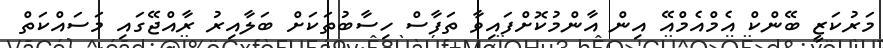
މަރުކަޒީ ބޭންކް އެމްއެމްއޭ އިން އާންމުކޮށްފައިވާ ތަފާސް ހިސާބުތަކަށް ބަލާއިރު ރާއްޖޭގައި މަސައްކަތް